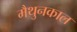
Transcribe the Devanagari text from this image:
मैथुनकाल